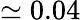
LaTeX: \simeq 0.04